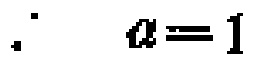
\(\therefore a = 1\)